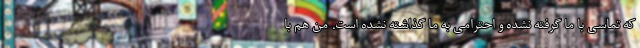
که تماسی با ما گرفته نشده و احترامی به ما گذاشته نشده است. من هم با